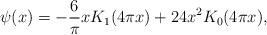
LaTeX: \begin{align*} \psi(x) = -\frac{6}{\pi} x K_{1}(4 \pi x) + 24x^{2} K_{0}(4 \pi x),\end{align*}